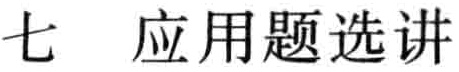
七  应用题选讲